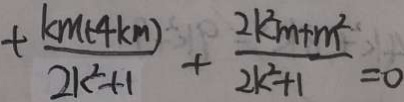
+ \frac { k m ( 4 k m ) } { 2 k ^ { 2 } + 1 } + \frac { 2 k ^ { 2 } m + m ^ { 2 } } { 2 k ^ { 2 } + 1 } = 0